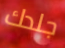
جلدك